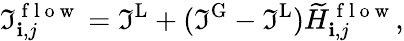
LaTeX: \Im_{\mathbf{i},j}^{\mathrm{{~f~l~o~w~}}}=\Im^{\textrm{{L}}}+(\Im^{\textrm{{G}}}-\Im^{\textrm{{L}}})\widetilde{{H}}_{\mathbf{i},j}^{\mathrm{{~f~l~o~w~}}},